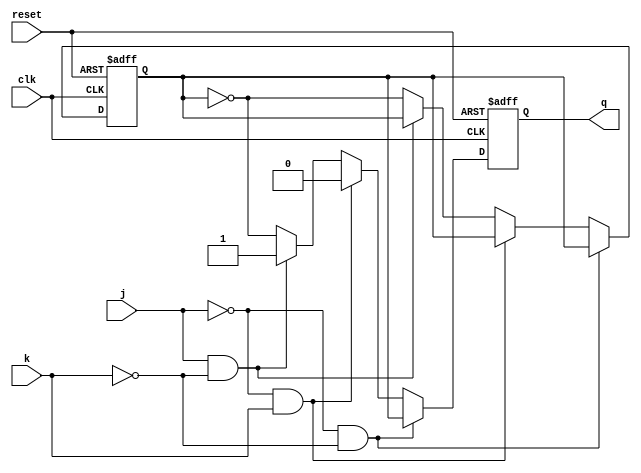
module jkflipflop(j,k,clk,reset,q);
input j,k,clk,reset;
output reg q;
reg prev;

always @ (posedge clk or posedge reset)
begin
if (reset == 1)
	begin
	q<=1'b0;
	prev<=1'b0;
	end
else
	begin
	if (j==0 && k==0)
	q<=prev;
	else if (j==0 && k==1)
	q<=1'b0;
	else if (j==1 && k==0)
	q<=1'b1;
	else
		begin
		q<=~prev;
		prev = ~prev;
		end
	end
end
endmodule